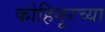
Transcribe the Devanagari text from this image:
कोहिनूरच्या